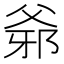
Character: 𤕓